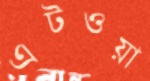
এটওয়া